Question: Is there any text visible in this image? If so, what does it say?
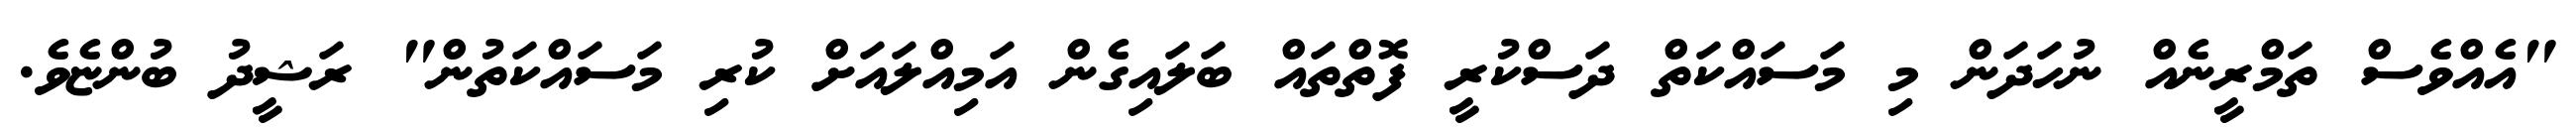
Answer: "އެއްވެސް ތަމްރީނެއް ނުހަދަން މި މަސައްކަތް ދަސްކުރީ ފޮތްތައް ބަލައިގެން އަމިއްލައަށް ކުރި މަސައްކަތުން" ރަޝީދު ބުންޏެވެ.